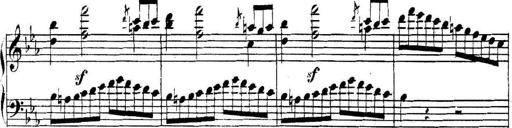
Title: Collected Piano Sonatas
Composer: Muzio Clementi